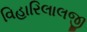
વિહારિલાલજી